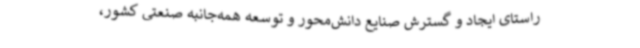
راستای ایجاد و گسترش صنایع دانش‌محور و توسعه همه‌جانبه صنعتی کشور،